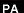
PA